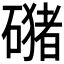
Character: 𱴴